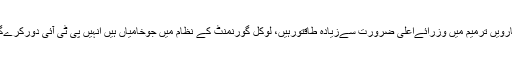
اٹھارویں ترمیم میں وزرائےاعلیٰ ضرورت سےزیادہ طاقتورہیں، لوکل گورنمنٹ کے نظام میں جوخامیاں ہیں انہیں پی ٹی آئی دورکرےگی۔